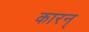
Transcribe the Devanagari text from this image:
कारन्